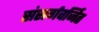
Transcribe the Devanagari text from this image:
संसर्गवर्जित